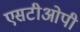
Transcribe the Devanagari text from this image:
एसटीओपी